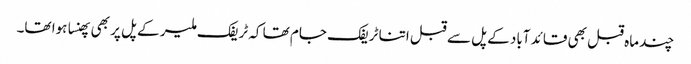
چند ماہ قبل بھی قائد آباد کے پل سے قبل اتنا ٹریفک جام تھا کہ ٹریفک ملیر کے پل پر بھی پھنسا ہوا تھا۔